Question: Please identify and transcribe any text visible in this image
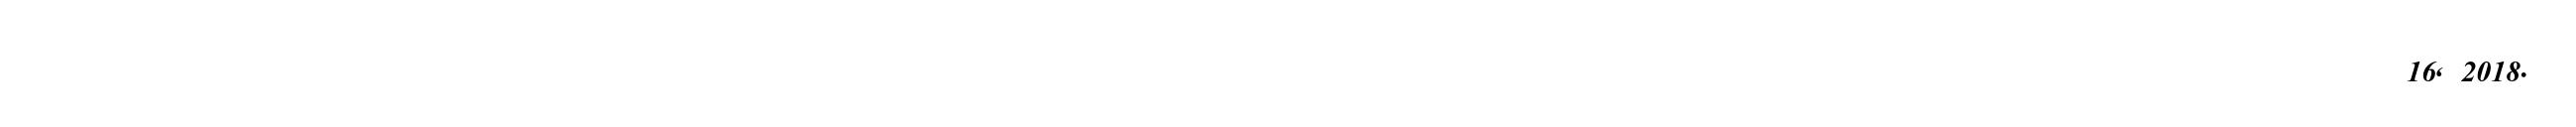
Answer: ????? ????? ????? ??????????????? ????? ????? ????? ????? ????? ????? ???????????????????? ???????????????????? ?????????????????????????????? ????? ?????????????????????????????????????? ????? 16, 2018.